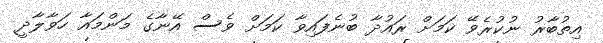
އިތުބާރު ނުކުރެވޭ ކަމަށް ރައުދާ ބުނެފައިވާ ކަމަށް ވެސް އޭނާގެ މަންމައާ ހަވާލާދީ